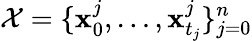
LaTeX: \mathcal{X}=\{ \mathbf{x}_{0}^{j},\dots,\mathbf{x}_{t_{j}}^{j}\} _{j=0}^{n}